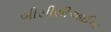
બીસીસીઆઈના